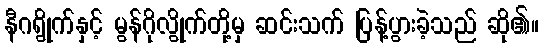
နီဂရွိုက်နှင့် မွန်ဂိုလွိုက်တို့မှ ဆင်းသက် ပြန့်ပွားခဲ့သည် ဆို၏။